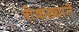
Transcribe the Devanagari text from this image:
शेकड्याने